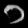
Digit: ၁